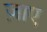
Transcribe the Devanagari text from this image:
ज़ाए